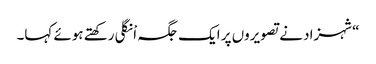
“شہزاد نے تصویروں پر ایک جگہ اْنگلی رکھتے ہوئے کہا۔